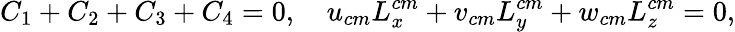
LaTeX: C_{1}+C_{2}+C_{3}+C_{4}=0,\quad u_{cm}L_{x}^{cm}+v_{cm}L_{y}^{cm}+w_{cm}L_{z}^{cm}=0,